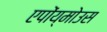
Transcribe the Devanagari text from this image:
एपोंय्मोउस